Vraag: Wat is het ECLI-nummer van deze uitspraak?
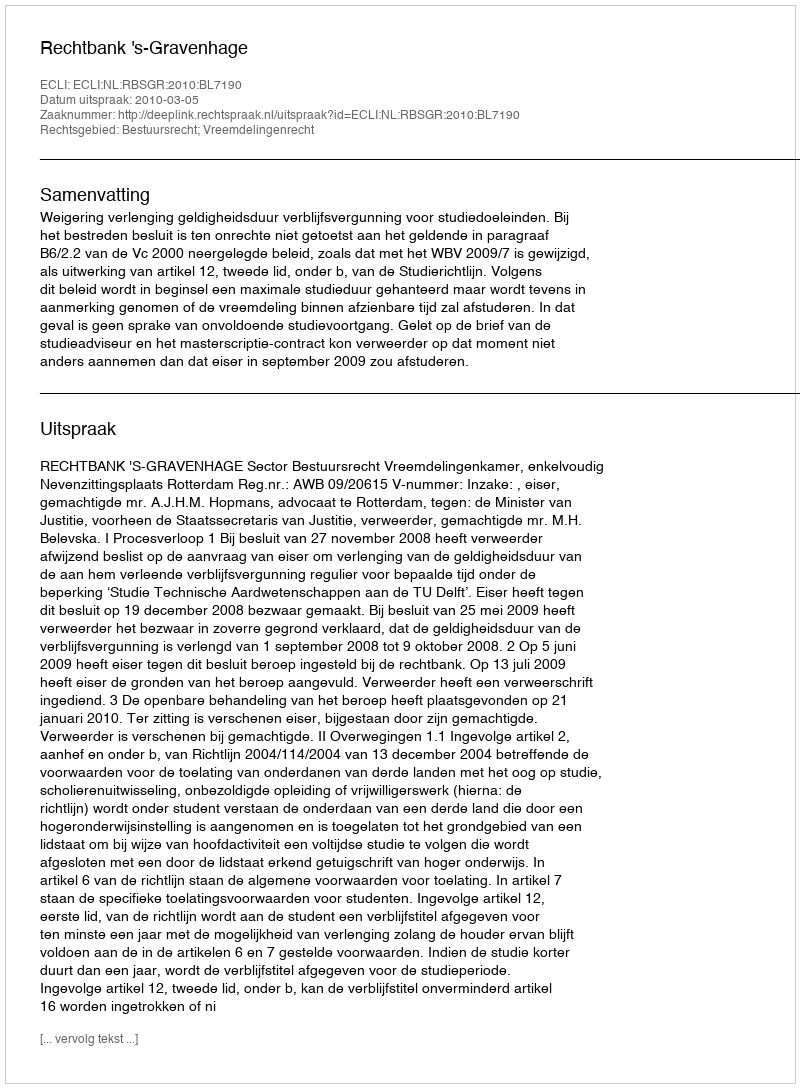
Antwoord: ECLI:NL:RBSGR:2010:BL7190